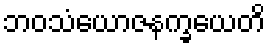
ဘဝသံယောဇနက္ခယေတိ